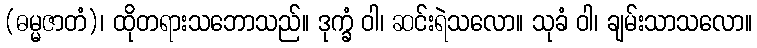
(ဓမ္မဇာတံ)၊ ထိုတရားသဘောသည်။ ဒုက္ခံ ဝါ၊ ဆင်းရဲသလော။ သုခံ ဝါ၊ ချမ်းသာသလော။